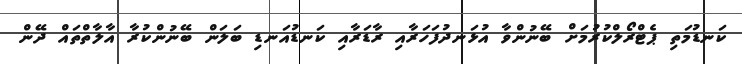
ކަނޑުމަތި ޕެޓްރޯލްކުރުމަށް ބޭނުންވާ އުޅަނދުފަހަރާއި ރާޑަރާއި ކަނޑުއަނޑި ބަލަން ބޭނުންކުރާ އާލާތްތައް ދޭން